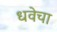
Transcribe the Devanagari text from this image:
धवेचा